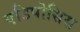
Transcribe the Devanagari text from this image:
एडिपोसिस